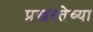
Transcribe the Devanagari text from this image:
प्रखरतेच्या